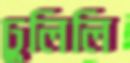
ঢুলিলি